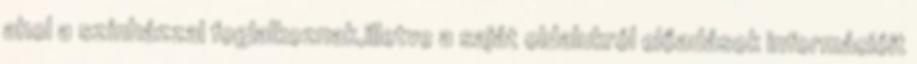
ahol a színházzal foglalkoznak,illetve a saját oldalukról előadások információit